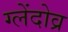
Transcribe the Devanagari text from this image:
ग्लेंदोव्र